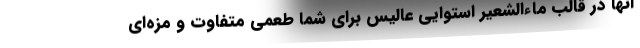
آنها در قالب ماءالشعیر استوایی عالیس برای شما طعمی متفاوت و مزه‌ای